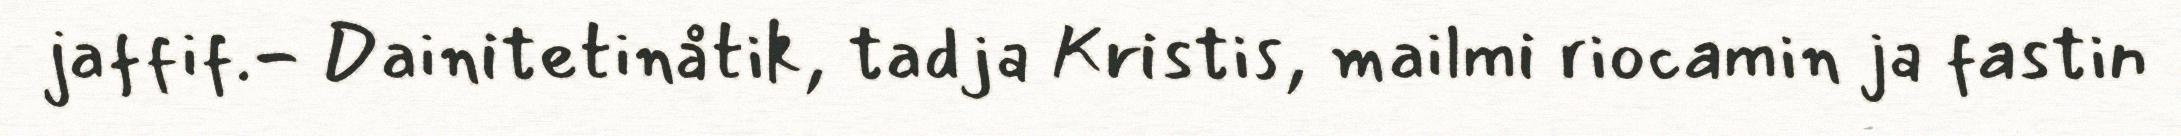
jaffif.- Dainitetinåtik, tadja Kristis, mailmi riocamin ja fastin